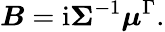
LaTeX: \boldsymbol{B}=\mathrm{i}\boldsymbol{\Sigma}^{-1}\boldsymbol{\mu}^{\Gamma}.